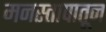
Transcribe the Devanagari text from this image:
मनस्तापातून